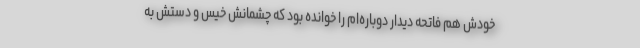
خودش هم فاتحه دیدار دوباره‌ام را خوانده بود که چشمانش خیس و دستش به